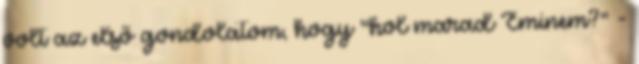
volt az első gondolatom, hogy "hol marad Eminem?" -